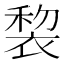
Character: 𧚩